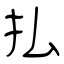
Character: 払